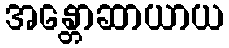
အန္တောဆာယာယ